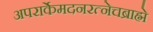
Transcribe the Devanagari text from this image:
अपरार्केमदनरत्नेचब्राह्मे